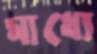
মাধ্যে